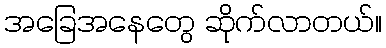
အခြေအနေတွေ ဆိုက်လာတယ်။